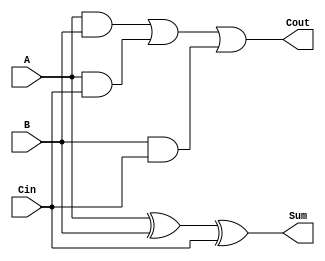
`timescale 1ns / 1ps

// Module definition
module FA(
   A,
   B,
   Cin,
   Sum,
   Cout
   );
 
   // Define the input and output signals
   input  A;
   input  B;
   input Cin;
   output Sum;
   output Cout;
 
  // Define the full adder module behaviour
  assign Sum   = A ^ B ^ Cin;
  assign Cout = (A & B) | (A & Cin) | (B & Cin);
 

endmodule //FA